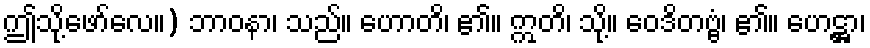
ဤသို့ဖော်လေ။) ဘာဝနာ၊ သည်။ ဟောတိ၊ ၏။ ဣတိ၊ သို့။ ဝေဒိတဗ္ဗံ၊ ၏။ ဟေဋ္ဌာ၊